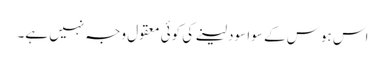
اس ہوس کے سوا سود لینے کی کوئی معقول وجہ نہیں ہے۔